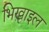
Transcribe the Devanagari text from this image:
भिख़ाइल